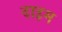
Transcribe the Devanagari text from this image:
दाइम